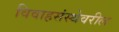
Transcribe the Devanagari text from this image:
विवाहसंस्थेवरील